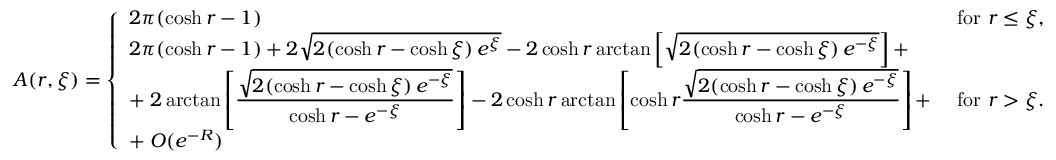
A ( r , \xi ) = \left\{ \begin{array} { l l } { 2 \pi ( \cosh r - 1 ) } & { \mathrm { ~ f o r ~ } r \leq \xi , \medskip } \\ { 2 \pi ( \cosh r - 1 ) + 2 \sqrt { 2 ( \cosh r - \cosh \xi ) \, e ^ { \xi } } - 2 \cosh r \arctan \left[ \sqrt { 2 ( \cosh r - \cosh \xi ) \, e ^ { - \xi } } \right] + } & { \medskip } \\ { \displaystyle + \; 2 \arctan \left[ \frac { \sqrt { 2 ( \cosh r - \cosh \xi ) \, e ^ { - \xi } } } { \cosh r - e ^ { - \xi } } \right] - 2 \cosh r \arctan \left[ \cosh r \frac { \sqrt { 2 ( \cosh r - \cosh \xi ) \, e ^ { - \xi } } } { \cosh r - e ^ { - \xi } } \right] + } & { \mathrm { ~ f o r ~ } r > \xi . \medskip } \\ { \displaystyle + \; O ( e ^ { - R } ) } & \end{array} \right.